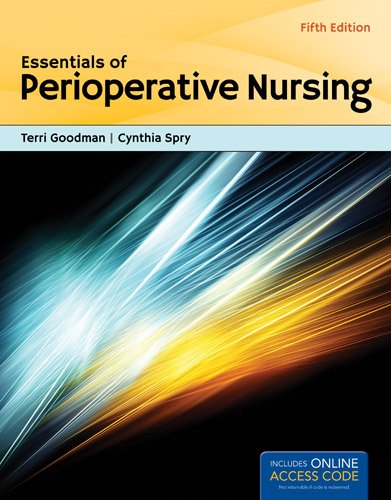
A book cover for Essentials Of Perioperative Nursing (Essentials of Perioperative Nursing (Spry)); Terri Goodman; Medical Books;